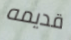
قديمه